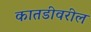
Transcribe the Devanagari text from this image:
कातडीवरील